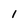
Character: l